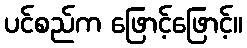
ပင်စည်က ဖြောင့်ဖြောင့်။